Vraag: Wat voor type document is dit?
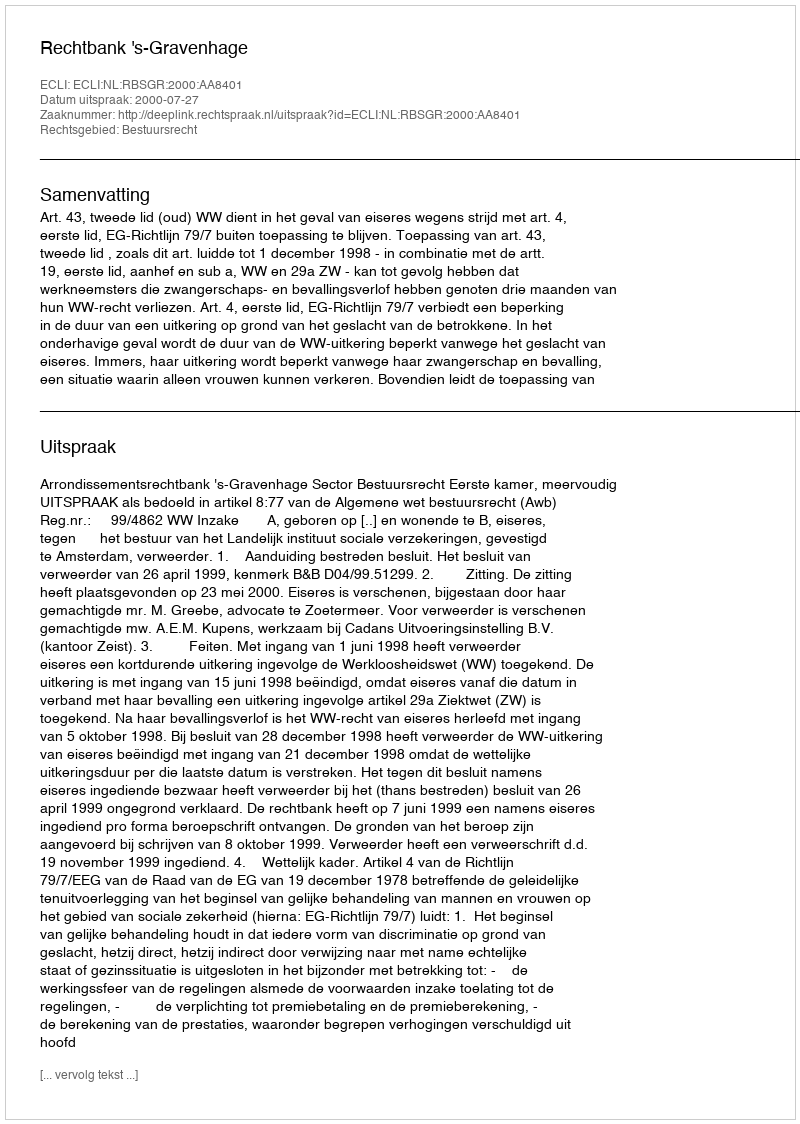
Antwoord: Uitspraak